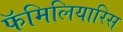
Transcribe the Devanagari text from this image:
फॅमिलियारिस